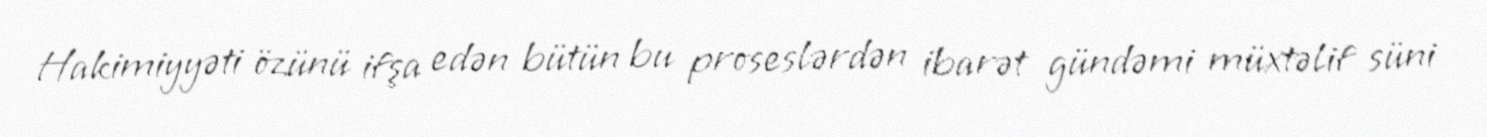
Hakimiyyəti özünü ifşa edən bütün bu proseslərdən ibarət gündəmi müxtəlif süni